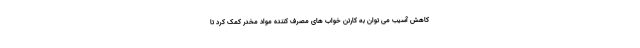
کاهش آسیب می توان به کارتن خواب های مصرف کننده مواد مخدر کمک کرد تا